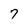
Character: 7